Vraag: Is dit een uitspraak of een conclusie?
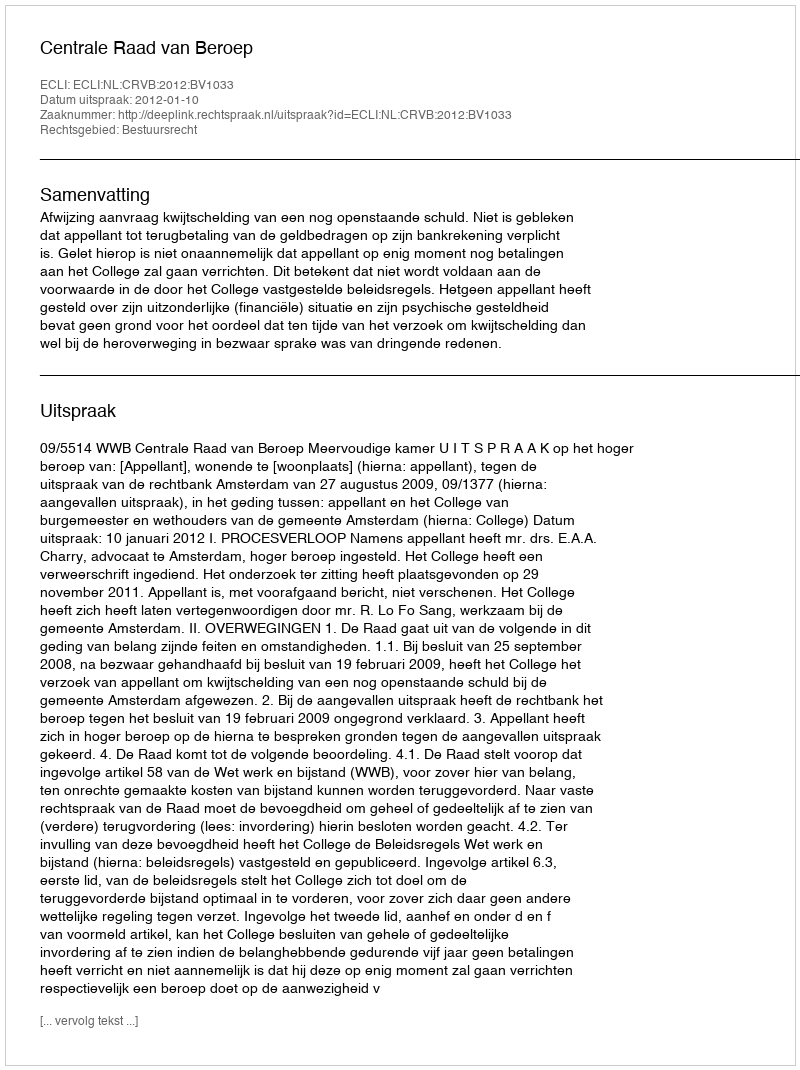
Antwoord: Uitspraak